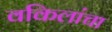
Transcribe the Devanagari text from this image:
वकिलांचा